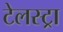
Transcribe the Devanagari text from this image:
टेलस्ट्रा